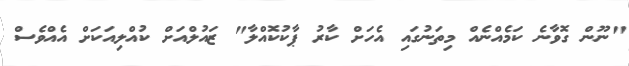
"ނޫން ގޮވާނެ ކަމެއްނެއް މިތަނުގައި އެހަށް ކާރު ޕާކުކޮއްލާ" ޒައުލްއަށް ކުއްލިއަކަށް އެއްވެސް